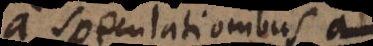
a speculationibus a